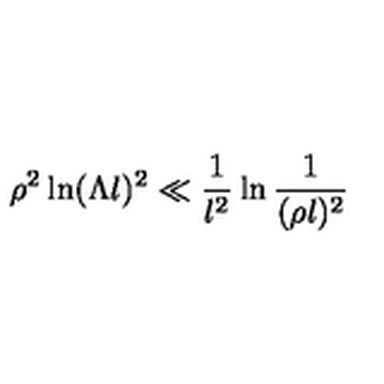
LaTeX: \rho ^ { 2 } \ln ( \Lambda l ) ^ { 2 } \ll \frac { 1 } { l ^ { 2 } } \ln \frac { 1 } { ( \rho l ) ^ { 2 } }